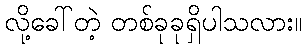
လို့ခေါ်တဲ့ တစ်ခုခုရှိပါသလား။